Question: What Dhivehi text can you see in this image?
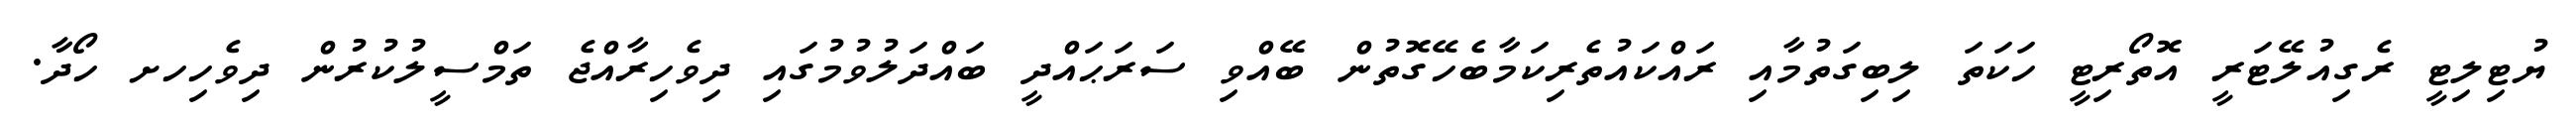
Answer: ޔުޓިލިޓީ ރެގިއުލޭޓަރީ އޮތޯރިޓީ ހަކަތަ ލިބިގަތުމާއި ރައްކައުތެރިކަމާބެހޭގޮތުން ބޭއްވި ސަރަޙައްދީ ބައްދަލުވުމުގައި ދިވެހިރާއްޖެ ތަމްސީލުކުރުން ދިވެހިހށ ހޯދާ.